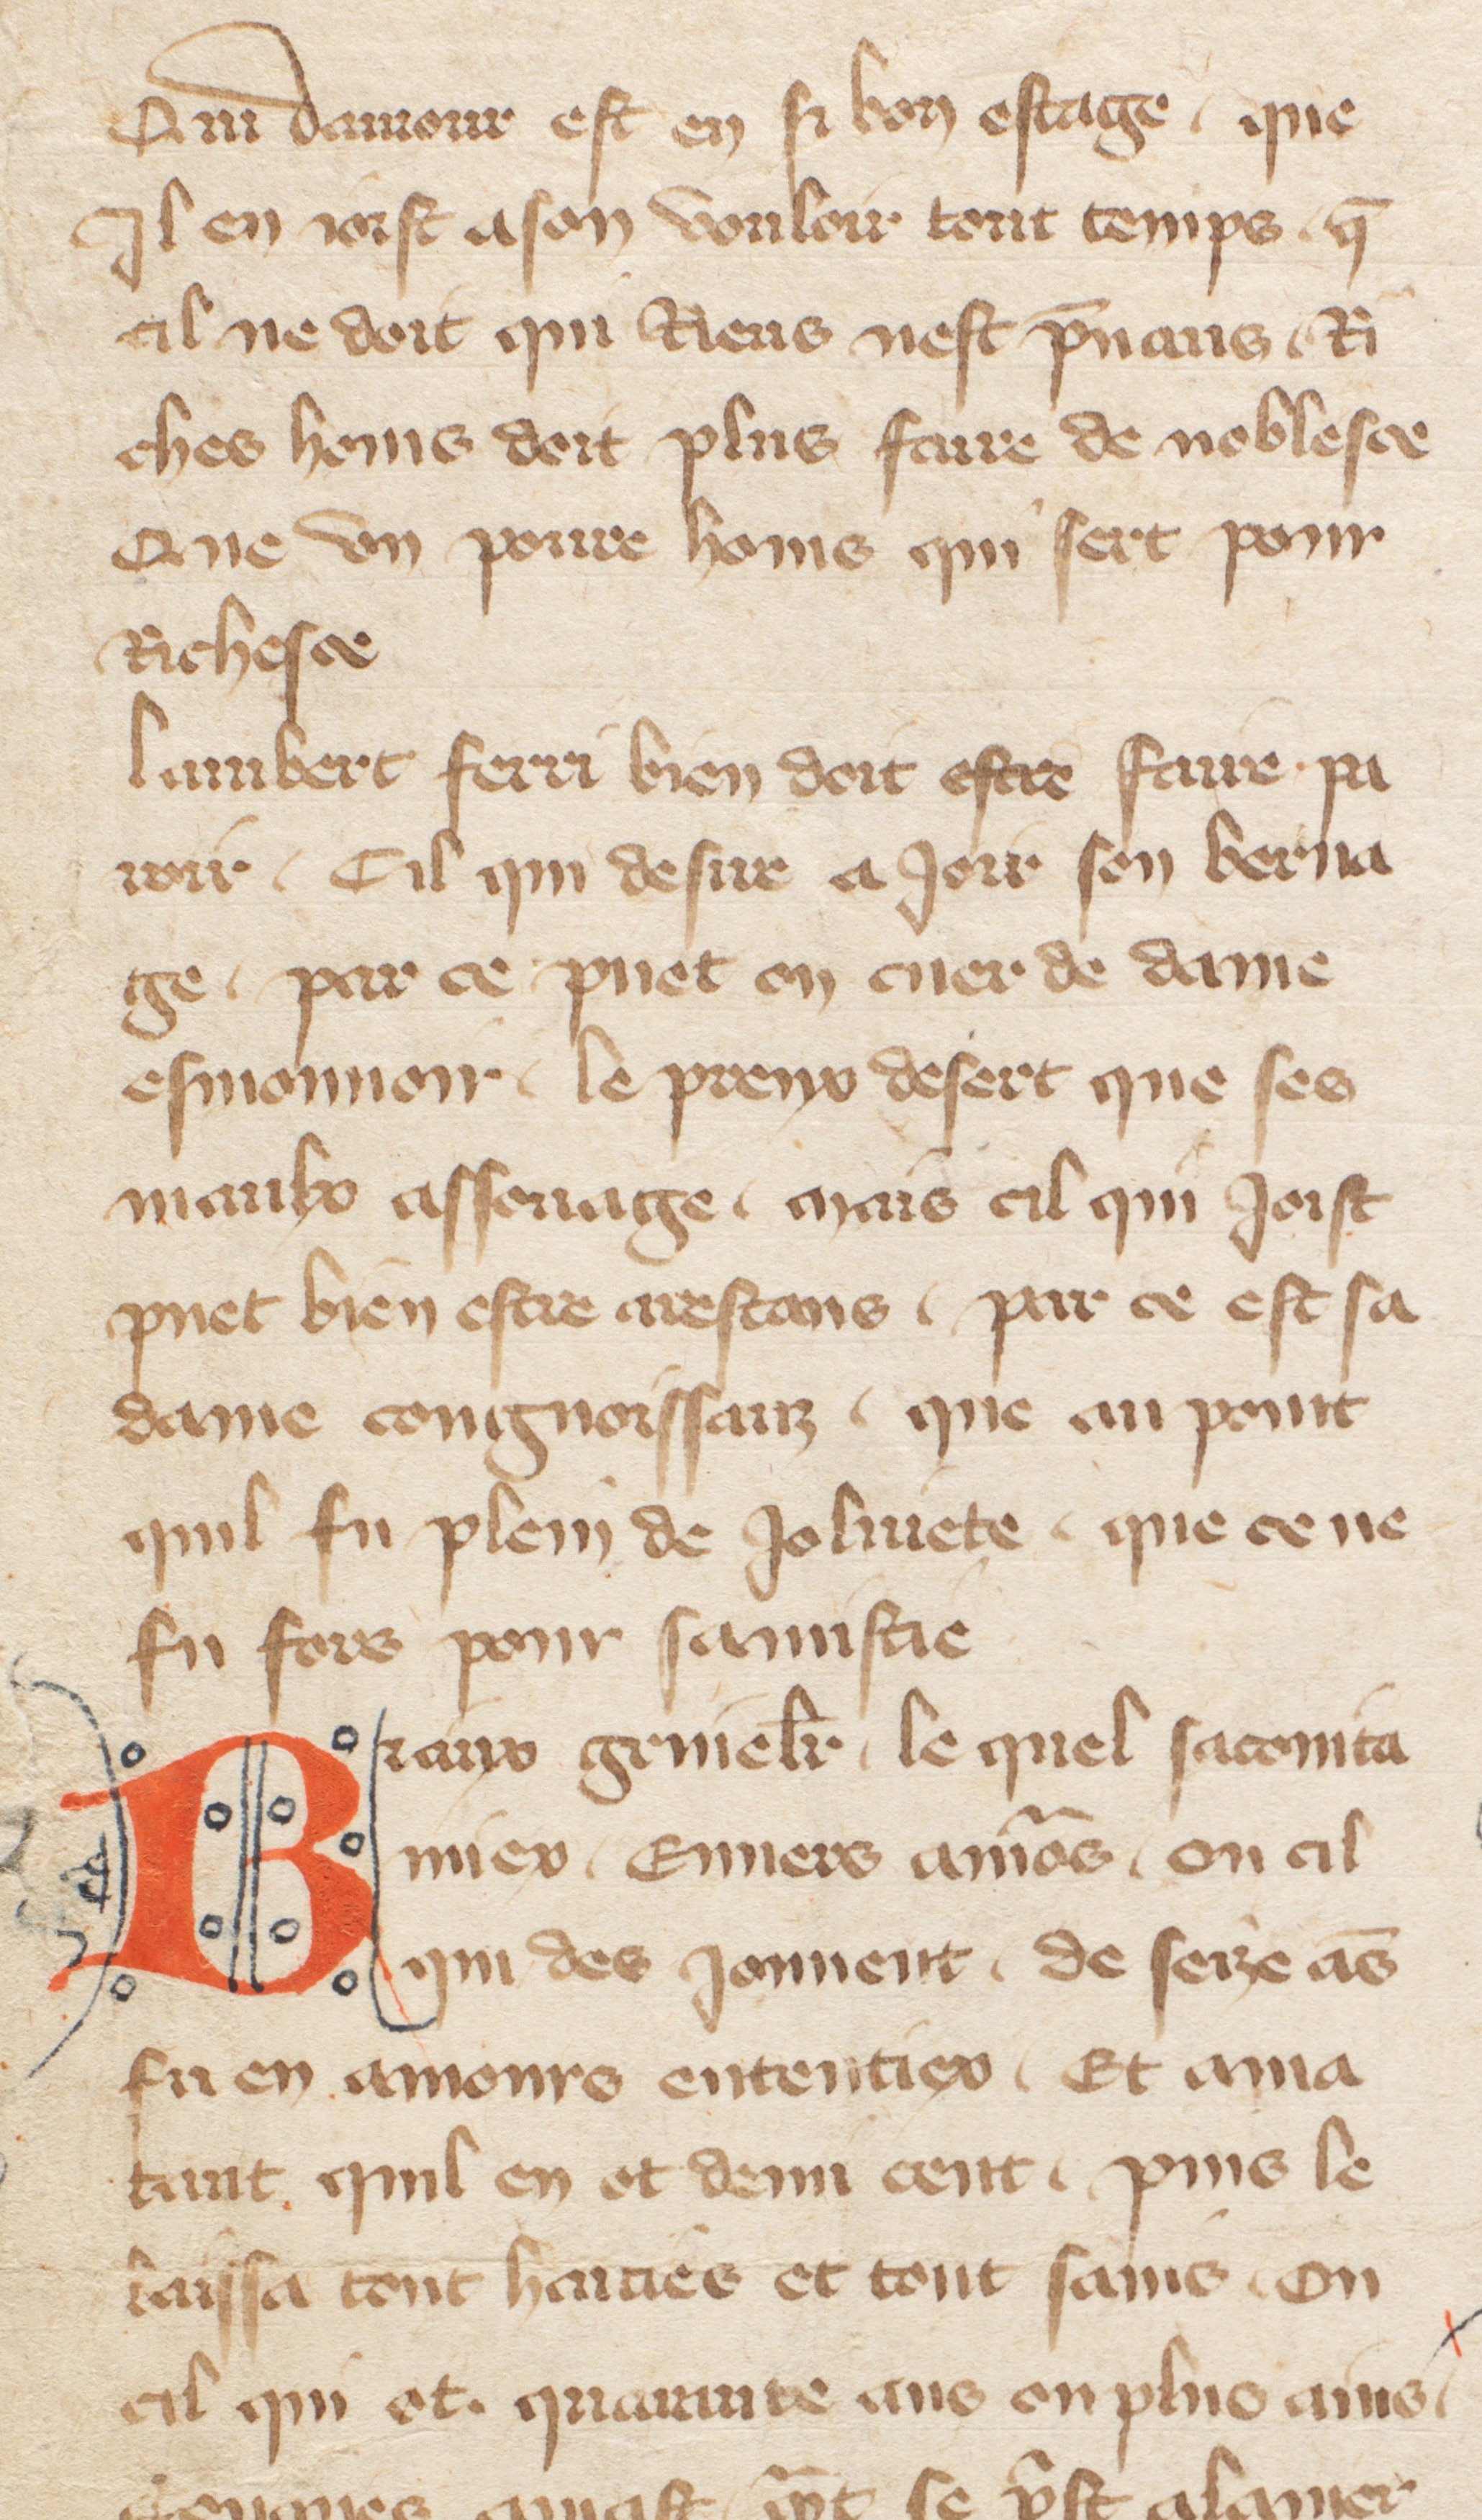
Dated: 1355–1395